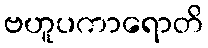
ဗဟူပကာရောတိ